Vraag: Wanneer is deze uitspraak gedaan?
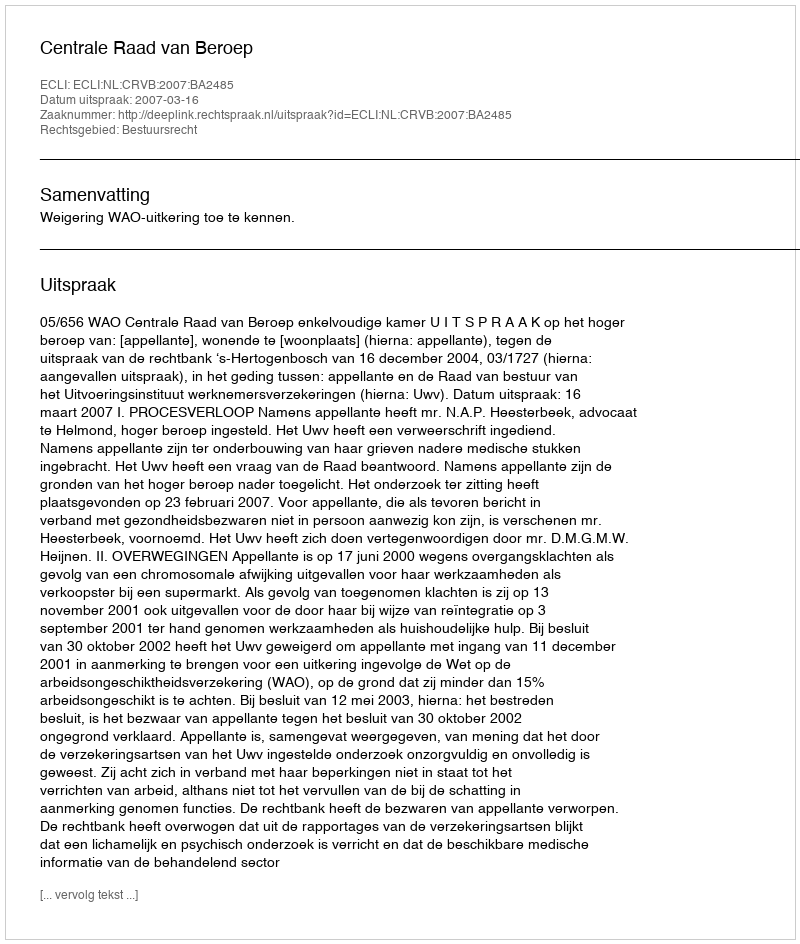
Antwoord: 2007-03-16